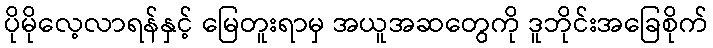
ပိုမိုလေ့လာရန်နှင့် မြေတူးရာမှ အယူအဆတွေကို ဒူဘိုင်းအခြေစိုက်